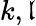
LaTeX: k,\mathfrak{l}